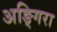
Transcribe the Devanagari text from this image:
अङ्गिरा